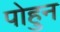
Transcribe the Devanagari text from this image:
पोहुन